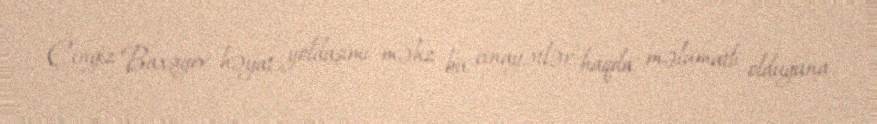
Çingiz Baxşıyev həyat yoldaşımı məhz bu cinayətlər haqda məlumatlı olduğuna